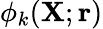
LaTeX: \phi_{k}({\mathbf{X}};{\mathbf{r}})